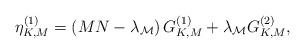
LaTeX: \begin{align*} \eta _{K,M}^{(1)} = \left( {MN - {\lambda _{\cal M}}} \right)G_{K,M}^{(1)} + {\lambda _{\cal M}}G_{K,M}^{(2)},\end{align*}